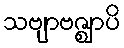
သဗျာဗဇ္ဈာပိ